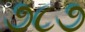
૭૮૭